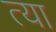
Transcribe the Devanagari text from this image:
त्या